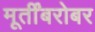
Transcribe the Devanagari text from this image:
मूर्तींबरोबर